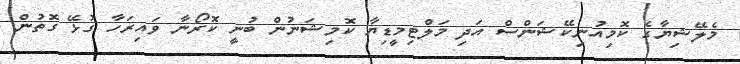
މެލޭޝިޔާގެ ކޮމިއުނިކޭޝަންސް އަދި މަލްޓިމީޑިޔާ ކޮމިޝަނުން ބުނީ ކޮރޯނާ ވައިރަހާ ގުޅޭ ގޮތުން